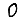
Digit: 0